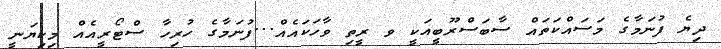
ދިޔެ ފުނަމާގެ މަސައްކަތައް ސާބަސްރޫބީއަކީ ވ ރީތި ވާހަކައެއް...ފުނަމާގެ ހުރިހާ ސްޓޯރީއެއް މިކިޔަނީ